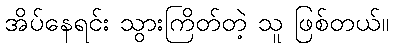
အိပ်နေရင်း သွားကြိတ်တဲ့ သူ ဖြစ်တယ်။